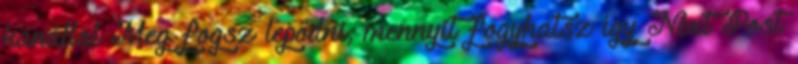
kanállal Meg fogsz lepődni, mennyit fogyhatsz így Next Post